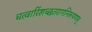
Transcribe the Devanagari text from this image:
चत्वारिंशच्छतरागनिरूपणम्‌